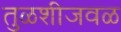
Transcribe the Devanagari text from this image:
तुळशीजवळ